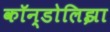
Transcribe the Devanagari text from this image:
कॉन्डोलिझा